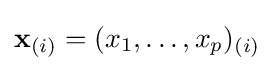
\mathbf {x} _{(i)}=(x_{1},\dots ,x_{p})_{(i)}